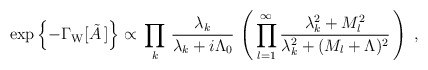
\begin{align*}\exp\left\{-\Gamma_{\rm W}[\tilde{A}\,]\right\} \propto \, \prod_{k} \, \frac{\lambda_k}{\lambda_k + i\Lambda_0} \, \left(\, \prod_{l=1}^{\infty} \frac{\lambda_k^2 + M_l^2}{\lambda_k^2 + (M_l+\Lambda)^2}\,\right)\; ,\end{align*}